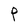
Character: P